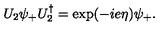
U _ { 2 } \psi _ { + } U _ { 2 } ^ { \dagger } = \exp ( - i e \eta ) \psi _ { + } .